Source: Handwritten
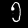
Digit: ၅ (5)